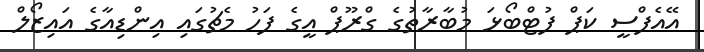
އޭއެފްސީ ކަޕް ފުޓްބޯޅަ މުބާރާތުގެ ގްރޫޕް އީގެ ފަހު މެޗުގައި އިންޑިއާގެ އައިޒޯލް